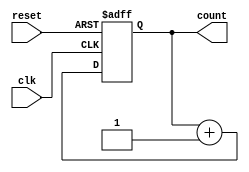
module binary_counter (
  input wire clk,        // Clock signal
  input wire reset,      // Reset signal
  output reg [3:0] count  // 4-bit counter output
);

  always @(posedge clk or posedge reset) begin

    if (reset) begin
      count <= 4'b0000;
    end
	 
    else begin
      count <= count + 1;
    end
  end

endmodule